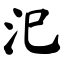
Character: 汜